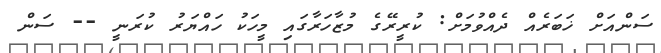
ސަންއަށް ޚަބަރެއް ދެއްވުމަށް: ކުރީރޭގެ މުޒާހަރާގައި މީހަކު ހައްޔަރު ކުރަނީ -- ސަން